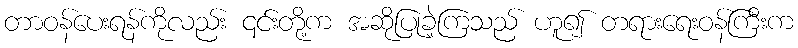
တာဝန်ပေးရန်ကိုလည်း ၎င်းတို့က အဆိုပြုခဲ့ကြသည် ဟူ၍ တရားရေးဝန်ကြီးက